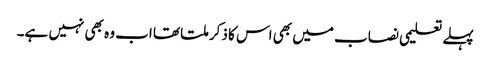
پہلے تعلیمی نصاب میں بھی اس کا ذکر ملتا تھا اب وہ بھی نہیں ہے۔